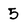
Character: 5